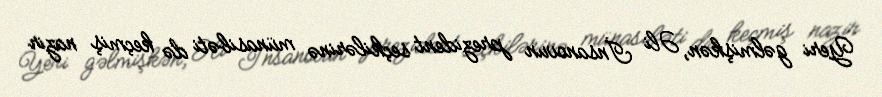
Yeri gəlmişkən, Əli İnsanovun prezident seçkilərinə münasibəti də keçmiş nazir